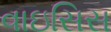
વાઇસિસ